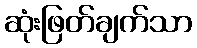
ဆုံးဖြတ်ချက်သာ